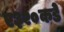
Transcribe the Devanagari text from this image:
ए३२०कडे